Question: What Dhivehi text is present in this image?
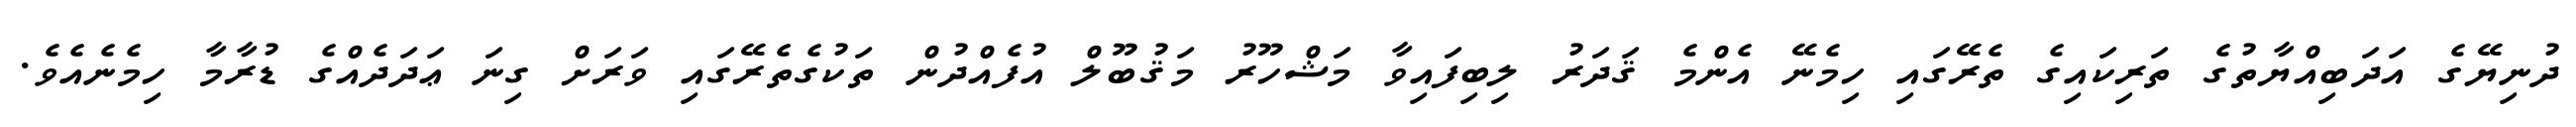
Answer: ދުނިޔޭގެ އަދަބިއްޔާތުގެ ތަރިކައިގެ ތެރޭގައި ހިމެނޭ އެންމެ ޤަދަރު ލިބިފައިވާ މަޝްހޫރު މަޤުބޫލް އުފެއްދުން ތަކުގެތެރޭގައި ވަރަށް ގިނަ ޢަދަދެއްގެ ޑުރާމާ ހިމެނެއެވެ.